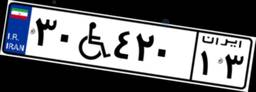
۹۲W۸۹۵۵۹